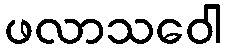
ဖလာသဝေါ